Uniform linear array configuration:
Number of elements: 48
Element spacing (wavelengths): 0.25
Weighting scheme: kaiser
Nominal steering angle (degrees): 15
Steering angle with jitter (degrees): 15.479
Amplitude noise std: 0.05
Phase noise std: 0.05

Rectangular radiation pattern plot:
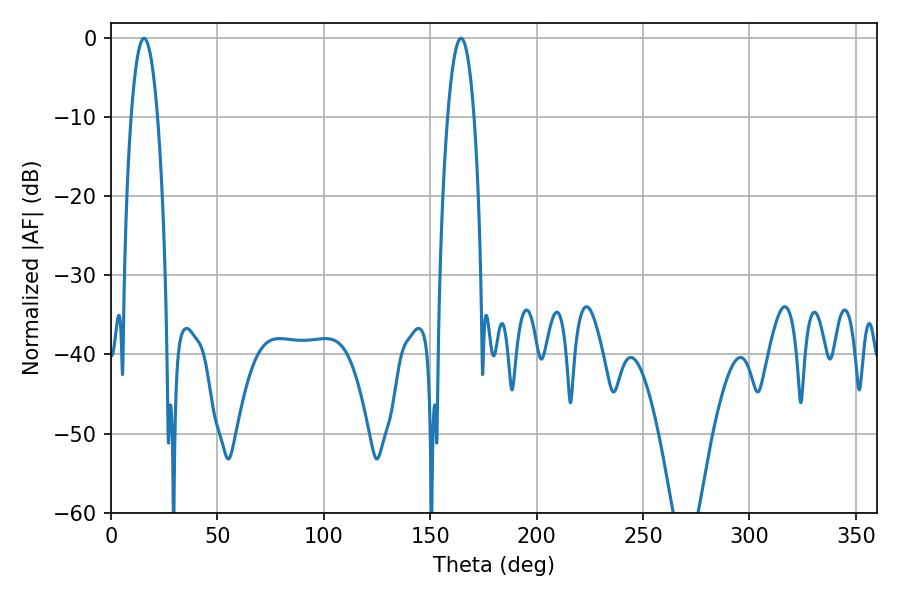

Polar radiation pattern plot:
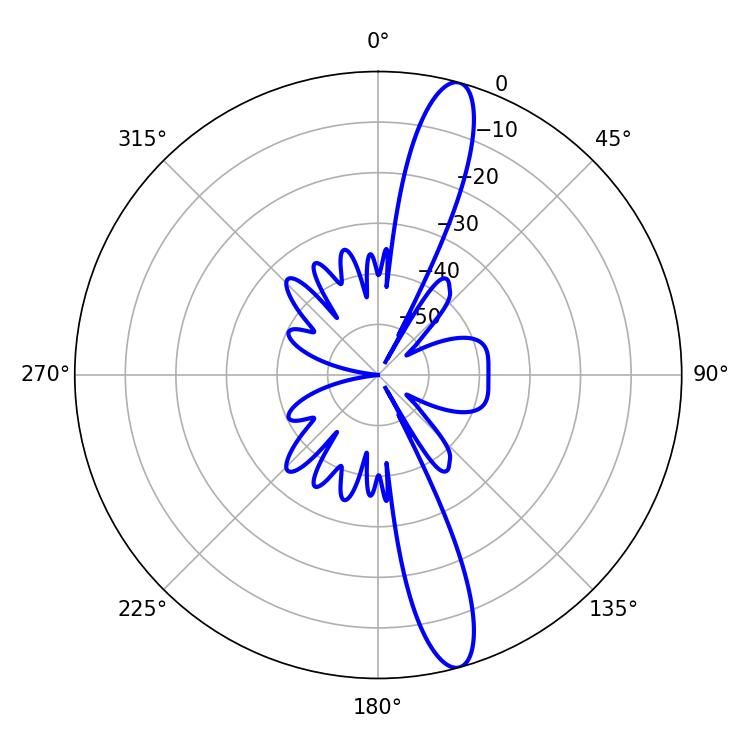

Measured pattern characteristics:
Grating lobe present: FALSE
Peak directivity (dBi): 14.61
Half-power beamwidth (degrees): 7.02
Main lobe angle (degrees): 15.48